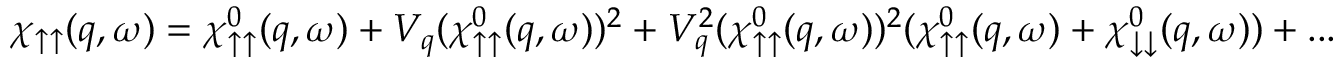
\chi _ { \uparrow \uparrow } ( q , \omega ) = \chi _ { \uparrow \uparrow } ^ { 0 } ( q , \omega ) + V _ { q } ( \chi _ { \uparrow \uparrow } ^ { 0 } ( q , \omega ) ) ^ { 2 } + V _ { q } ^ { 2 } ( \chi _ { \uparrow \uparrow } ^ { 0 } ( q , \omega ) ) ^ { 2 } ( \chi _ { \uparrow \uparrow } ^ { 0 } ( q , \omega ) + \chi _ { \downarrow \downarrow } ^ { 0 } ( q , \omega ) ) + . . .